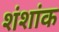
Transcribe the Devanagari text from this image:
शंशांक